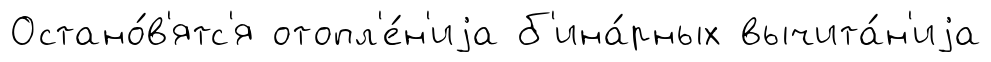
Остано́в'ятс'я отопл'е́н'иjа б'ина́рных вычита́н'иjа